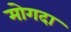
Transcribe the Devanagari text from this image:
मोगदा